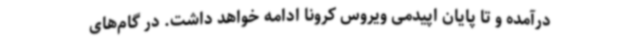
درآمده و تا پایان اپیدمی ویروس کرونا ادامه خواهد داشت. در گام‌های